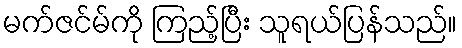
မက်ဇင်မ်ကို ကြည့်ပြီး သူရယ်ပြန်သည်။